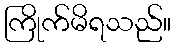
ကြိုက်မိရသည်။